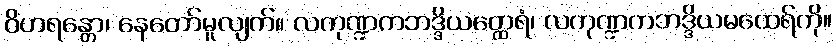
ဝိဟရန္တော၊ နေတော်မူလျက်။ လကုဏ္ဍကဘဒ္ဒိယတ္ထေရံ၊ လကုဏ္ဍကဘဒ္ဒိယမထေရ်ကို။